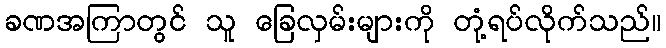
ခဏအကြာတွင် သူ ခြေလှမ်းများကို တုံ့ရပ်လိုက်သည်။